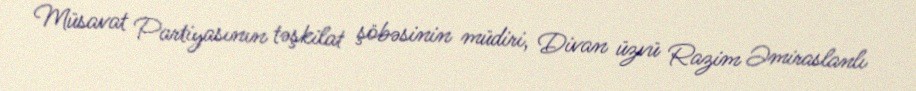
Müsavat Partiyasının təşkilat şöbəsinin müdiri, Divan üzvü Razim Əmiraslanlı